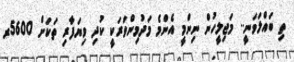
ތި ބައްލަވަނީ.. މަޖިލީހުން ނިންމީ އެންމެ މަދުމިންވަރަކީ ކުދި ވިޔަފާރި ތަކަށް 5600ރ